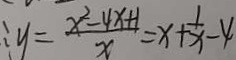
: y = \frac { x ^ { 2 } - 4 x + 1 } { x } = x + \frac { 1 } { x } - 4